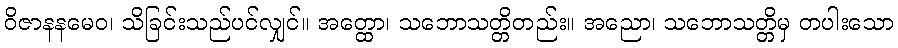
ဝိဇာနနမေဝ၊ သိခြင်းသည်ပင်လျှင်။ အတ္ထော၊ သဘောသတ္တိတည်း။ အညော၊ သဘောသတ္တိမှ တပါးသော